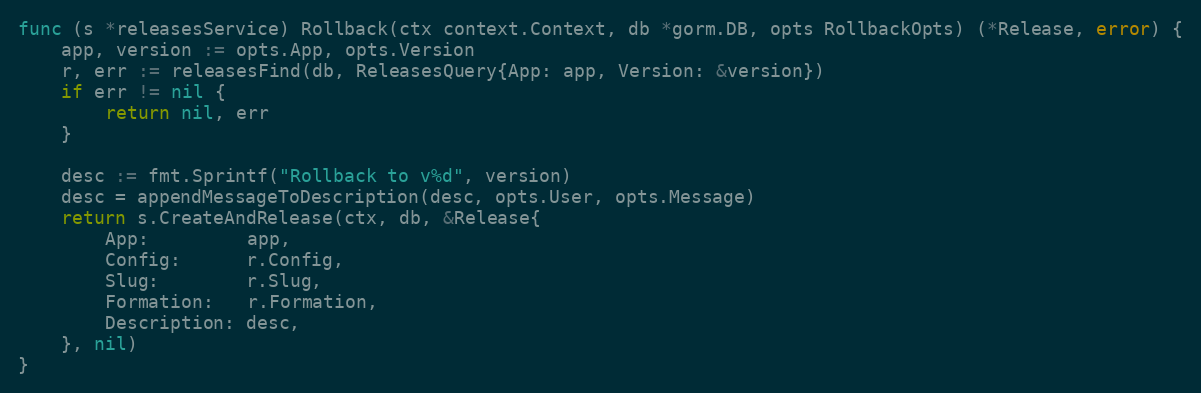
Language: Go
func (s *releasesService) Rollback(ctx context.Context, db *gorm.DB, opts RollbackOpts) (*Release, error) {
	app, version := opts.App, opts.Version
	r, err := releasesFind(db, ReleasesQuery{App: app, Version: &version})
	if err != nil {
		return nil, err
	}

	desc := fmt.Sprintf("Rollback to v%d", version)
	desc = appendMessageToDescription(desc, opts.User, opts.Message)
	return s.CreateAndRelease(ctx, db, &Release{
		App:         app,
		Config:      r.Config,
		Slug:        r.Slug,
		Formation:   r.Formation,
		Description: desc,
	}, nil)
}